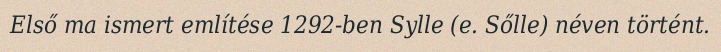
Első ma ismert említése 1292-ben Sylle (e. Sőlle) néven történt.